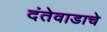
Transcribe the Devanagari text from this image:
दंतेवाडाचे